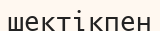
шектікпен